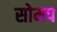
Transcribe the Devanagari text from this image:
सोमप